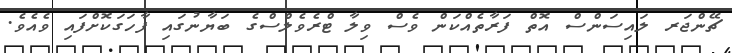
ޗޭންޖަރ ލައިސަންސް އޮތް ފަރާތެއްކަން ވެސް ވިލާ ޓްރެވެލްސްގެ ބަޔާނުގައި ފާހަގަކޮށްފައި ވެއެވެ.